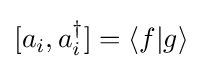
[a_{i},a_{i}^{\dagger }]=\langle f|g\rangle